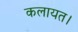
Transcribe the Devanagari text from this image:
कलायत।